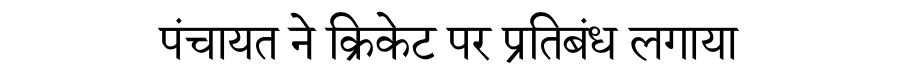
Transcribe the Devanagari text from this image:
पंचायत ने क्रिकेट पर प्रतिबंध लगाया